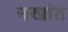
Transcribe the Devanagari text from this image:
नखांत